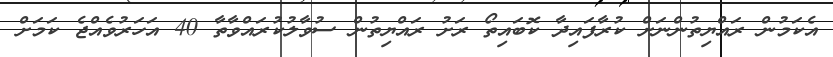
އެކަމުން ރައްޔިތުންނަށް ކުރާފައިދާ ކޮބައިތޯ ރަށު ރައްޔިތުން ސުވާލުކުރައްވާތާ 40 އަހަރުވެއްޖެ ކަމަށް